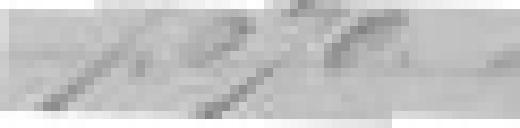
7.670